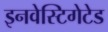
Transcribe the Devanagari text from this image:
इनवेस्टिगेटेड